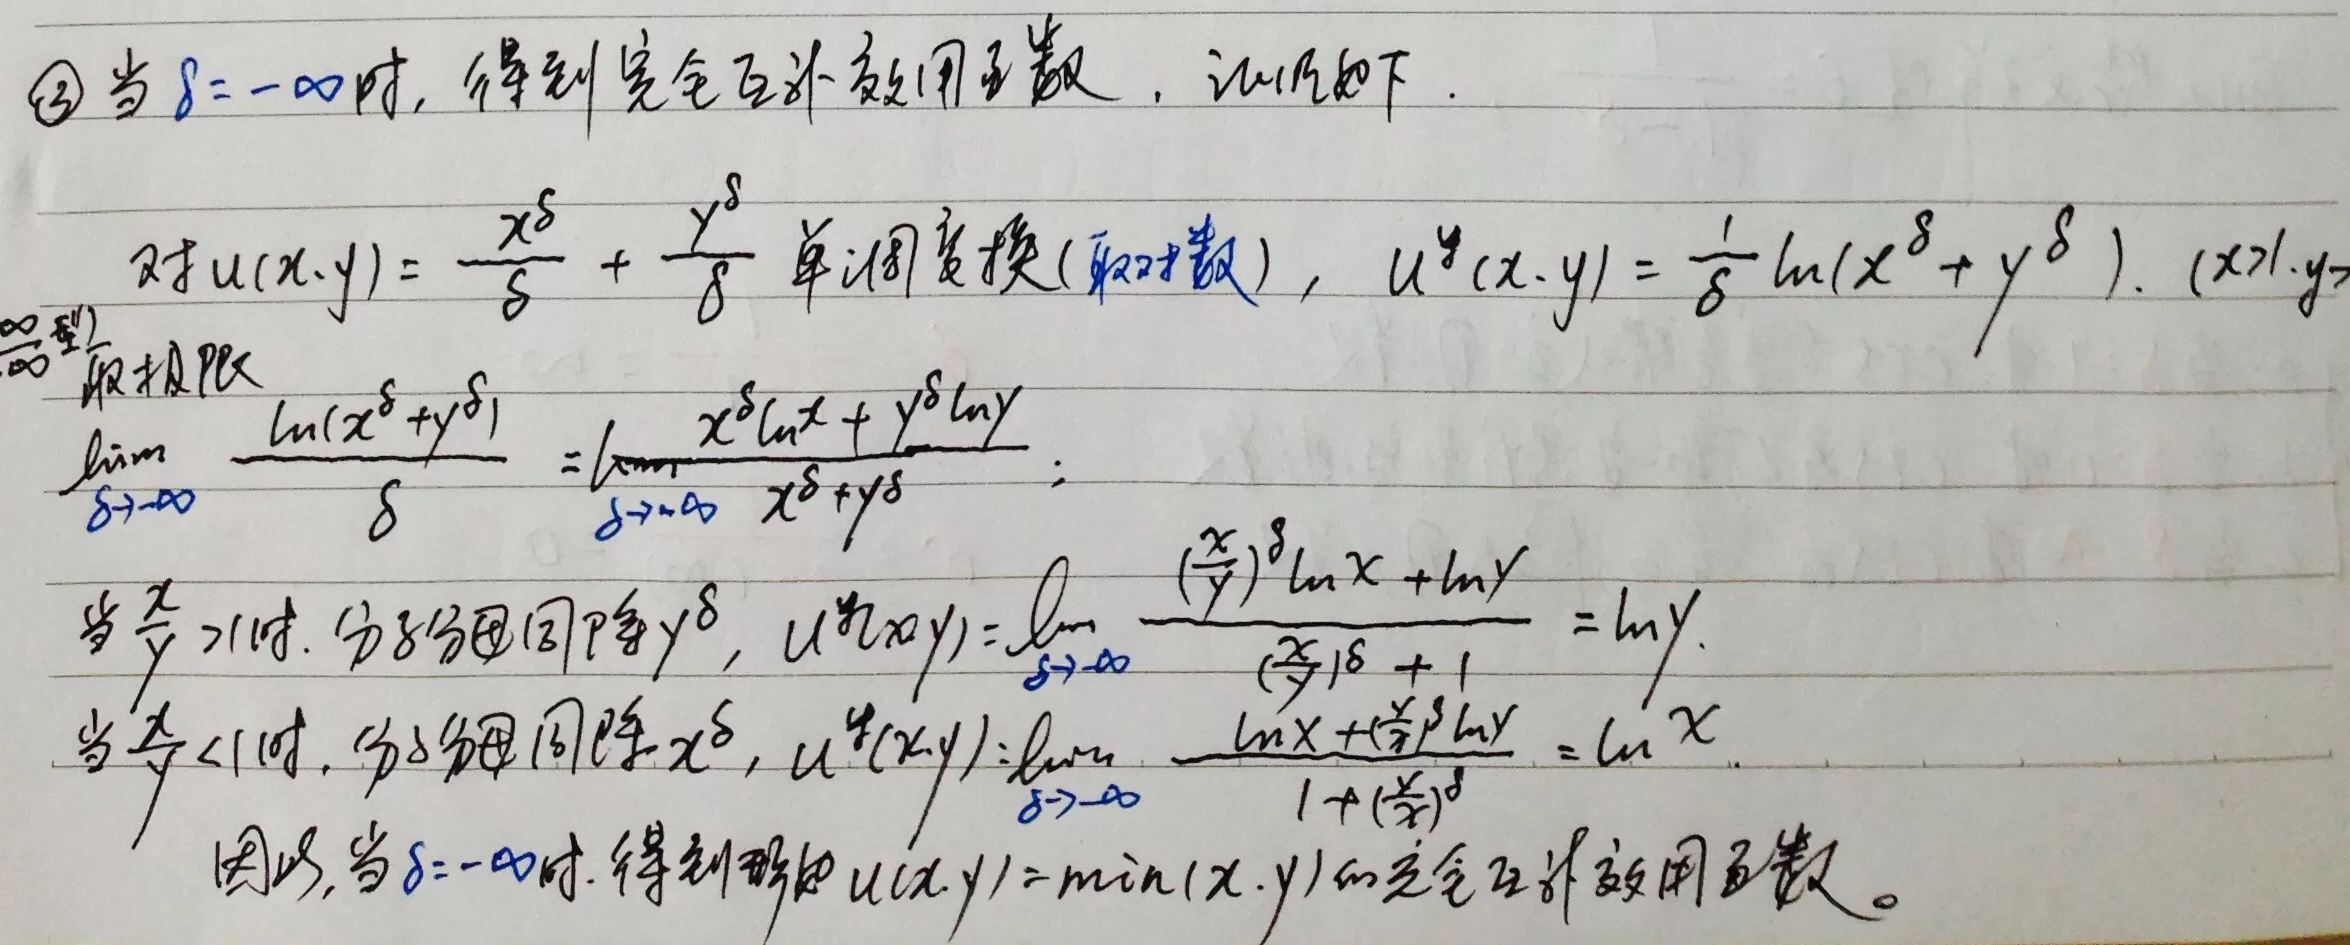
\textcircled{3} 当\(\delta=-\infty\)时，得到完全互补效用函数，证明如下。对于\(u(x,y)=\frac{x^{\delta}}{\delta}+\frac{y^{\delta}}{\delta}\)单调变换（取对数），\(u^{*}(x,y)=\frac{1}{\delta}\ln(x^{\delta}+y^{\delta})\)，\((x > 0,y>0)\)。

\(\lim\limits_{\delta\rightarrow-\infty}\frac{\ln(x^{\delta}+y^{\delta})}{\delta}=\lim\limits_{\delta\rightarrow-\infty}\frac{x^{\delta}\ln x + y^{\delta}\ln y}{x^{\delta}+y^{\delta}}\)；当\(\frac{x}{y}>1\)时，分子分母同除\(y^{\delta}\)，\(u^{*}(x,y)=\lim\limits_{\delta\rightarrow-\infty}\frac{(\frac{x}{y})^{\delta}\ln x+\ln y}{(\frac{x}{y})^{\delta}+1}=\ln y\)。当\(\frac{x}{y}<1\)时，分子分母同除\(x^{\delta}\)，\(u^{*}(x,y)=\lim\limits_{\delta\rightarrow-\infty}\frac{\ln x+(\frac{y}{x})^{\delta}\ln y}{1 + (\frac{y}{x})^{\delta}}=\ln x\)。

因此，当\(\delta = -\infty\)时，得到形如\(u(x,y)=\min(x,y)\)的完全互补效用函数。